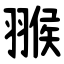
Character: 翭